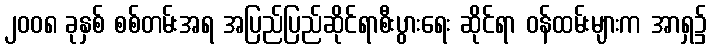
၂၀၀၈ ခုနှစ် စစ်တမ်းအရ အပြည်ပြည်ဆိုင်ရာစီးပွားရေး ဆိုင်ရာ ဝန်ထမ်းများက အာရှ၌